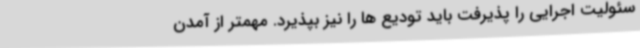
سئولیت اجرایی را پذیرفت باید تودیع ها را نیز بپذیرد. مهمتر از آمدن